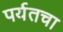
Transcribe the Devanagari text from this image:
पर्यतचा